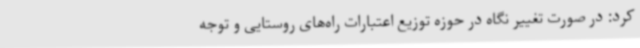
کرد: در صورت تغییر نگاه در حوزه توزیع اعتبارات راه‌های روستایی و توجه